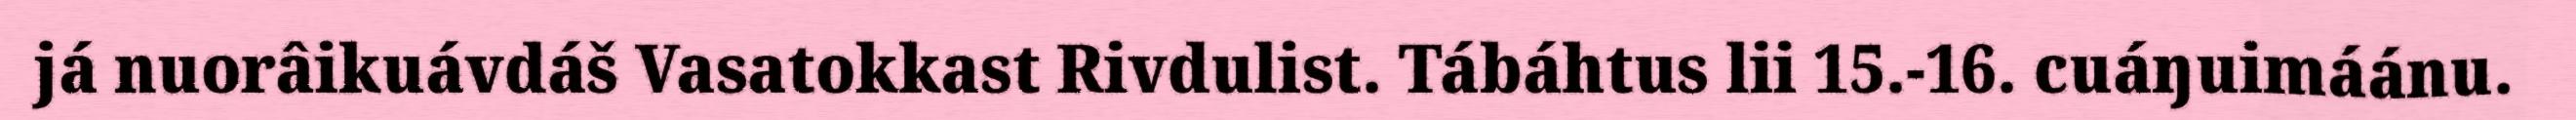
já nuorâikuávdáš Vasatokkast Rivdulist. Tábáhtus lii 15.-16. cuáŋuimáánu.